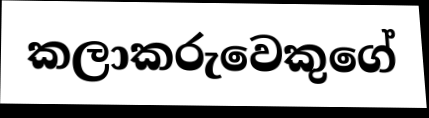
කලාකරුවෙකුගේ